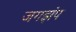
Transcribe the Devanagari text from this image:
जगझंप